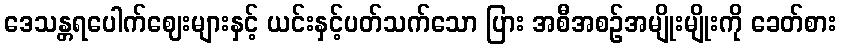
ဒေသန္တရပေါက်ဈေးများနှင့် ယင်းနှင့်ပတ်သက်သော ပြား အစီအစဉ်အမျိုးမျိုးကို ခေတ်စား